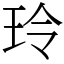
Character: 玲